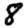
Digit: 8